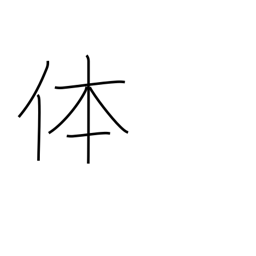
Meaning: reality